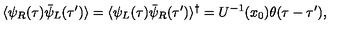
\langle \psi _ { R } ( \tau ) \bar { \psi } _ { L } ( \tau ^ { \prime } ) \rangle = \langle \psi _ { L } ( \tau ) \bar { \psi } _ { R } ( \tau ^ { \prime } ) \rangle ^ { \dagger } = U ^ { - 1 } ( x _ { 0 } ) \theta ( \tau - \tau ^ { \prime } ) ,